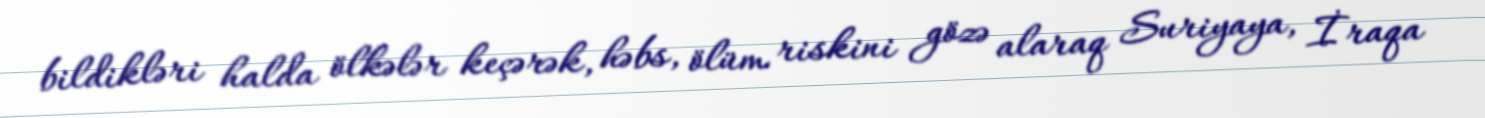
bildikləri halda ölkələr keçərək, həbs, ölüm riskini gözə alaraq Suriyaya, İraqa